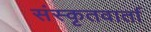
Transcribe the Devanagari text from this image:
संस्कृतवार्ता